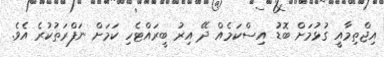
އިޖްތިމާއީ ގުޅުމަށް ބޮޑު އިސްކަމެއް ދޭ އިރު ބީރައްޓެހި ކަމަށް ނަފްރަތުކުރެ އެވެ.